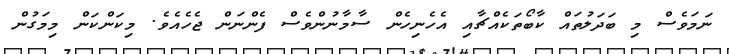
ނަމަވެސް މި ބަދަލުތައް ކާބޯތަކެއްޗާއި އެހެނިހެން ސާމާނުންވެސް ފެންނަން ޖެހެއެވެ. މިކަންކަން މިމަގުން